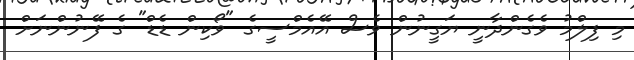
މި ފިލްމު ވެގެންދާނީ ޔަގީނުން ވެސް އޭއެމްސީގެ "ވޯކިން ޑެޑް" ގެ ފޭނުންނަށް